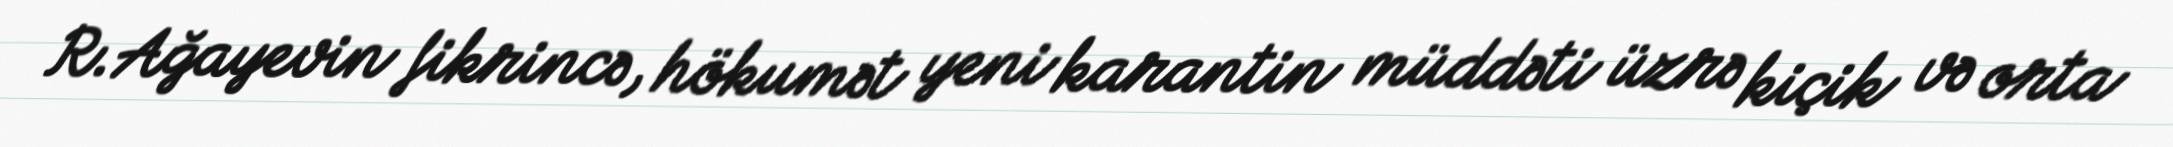
R.Ağayevin fikrincə, hökumət yeni karantin müddəti üzrə kiçik və orta